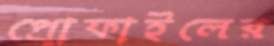
প্রোফাইলের